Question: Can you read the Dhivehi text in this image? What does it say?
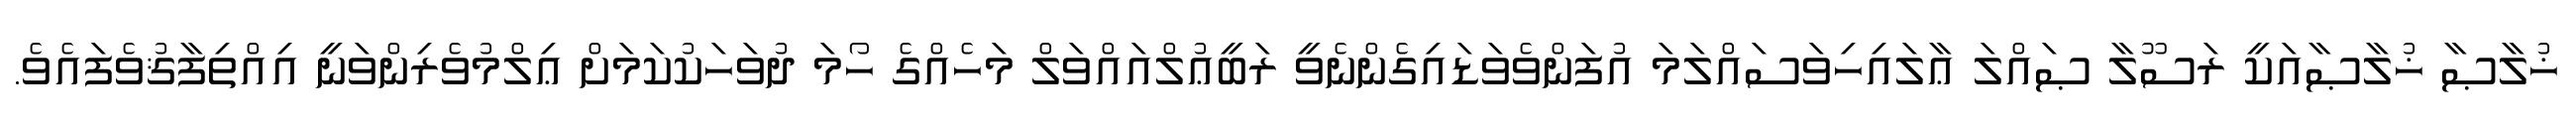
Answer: ޚުލާޞާ ޚުލާޞާއަކީ ރަސޫލާ ޞައްލަ ޢާލައިހިވަސައްލަމަ އުފަންވެވަޑައިގެންނެވީ ރަބީޢުލްއައްވަލް މަހެއްގެ ހޯމަ ދުވަހަކުކަމަށް ޢިލްމުވެރިންވަނީ އިއްތިފާޤުވެފައެވެ.